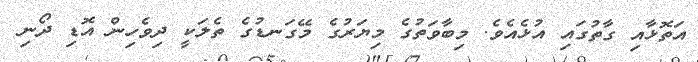
އަތޮޅާއި ގާތުގައި އުޅެއެވެ. މިބާވަތުގެ މިޔަރުގެ މޭގަނޑުގެ ތެލަކީ ދިވެހިން އޮޑި ދޯނި